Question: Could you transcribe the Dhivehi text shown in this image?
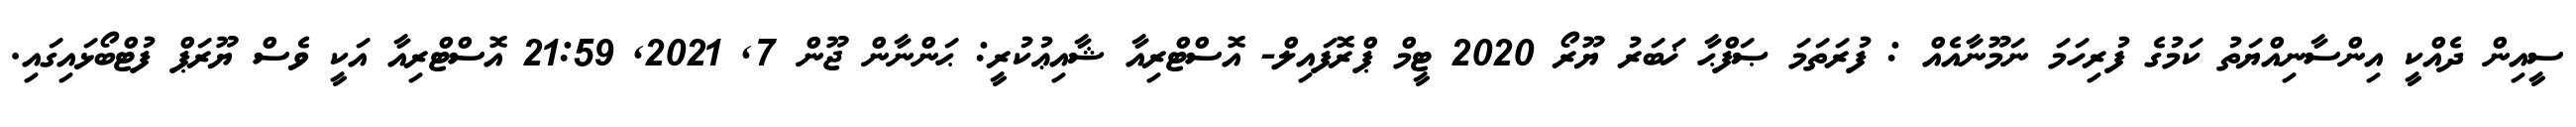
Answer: ސީއިން ދެއްކީ އިންސާނިއްޔަތު ކަމުގެ ފުރިހަމަ ނަމޫނާއެއް : ފުރަތަމަ ޞަފްޙާ ޚަބަރު ޔޫރޯ 2020 ޓީމް ޕްރޮފައިލް- އޮސްޓްރިއާ ޝާއިޢުކުރީ: ޙަންނާން ޖޫން 7, 2021, 21:59 އޮސްޓްރިއާ އަކީ ވެސް ޔޫރަޕް ފުޓްބޯޅައިގައި.